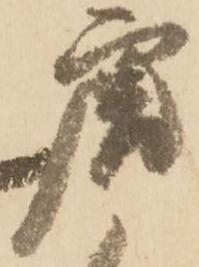
唐